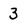
Character: 3